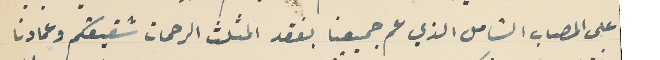
على المصاب الشامل الذي عم جميعنا بفقد المثلث الرحمات شقيقكم وعمادنا